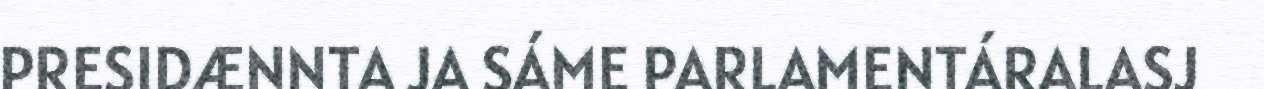
PRESIDÆNNTA JA SÁME PARLAMENTÁRALASJ